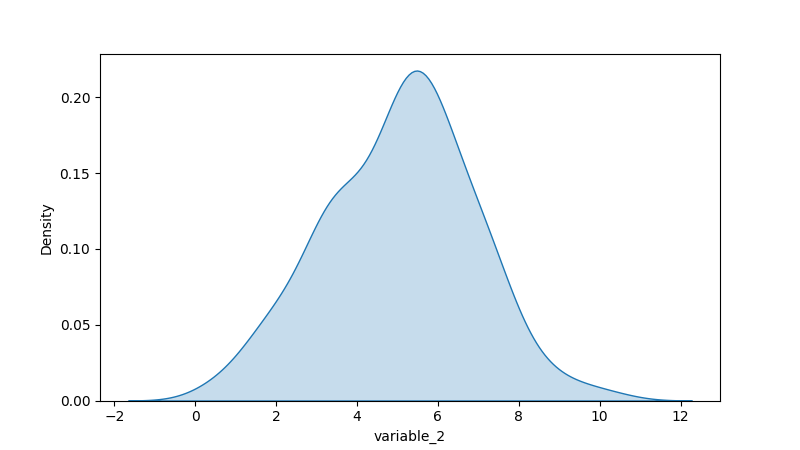
python, seaborn, kdeplot, hue='None', fill=True, bw_adjust=1.0